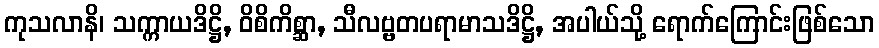
ကုသလာနိ၊ သက္ကာယဒိဋ္ဌိ, ဝိစိကိစ္ဆာ, သီလဗ္ဗတပရာမာသဒိဋ္ဌိ, အပါယ်သို့ ရောက်ကြောင်းဖြစ်သော